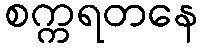
စက္ကရတနေ